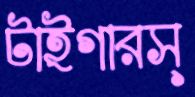
টাইগারস্